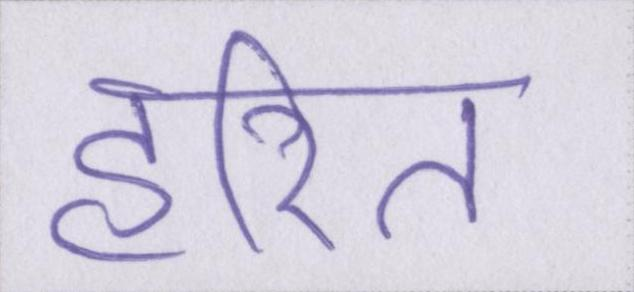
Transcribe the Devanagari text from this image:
हरित